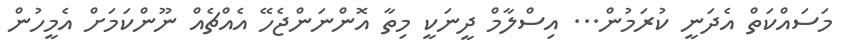
މަސައްކަތް އެދަނީ ކުރަމުން... އިސްލާމް ދީނަކީ މިތާ އޮންނަންޖެހޭ އެއްޗެއް ނޫންކަމަށް އެމީހުން